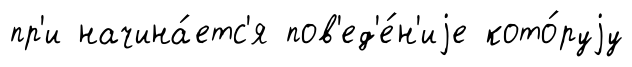
пр'и начина́етс'я пов'ед'е́н'иjе кото́руjу